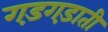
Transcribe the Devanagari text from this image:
गड़गड़ाती